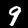
Digit: 9